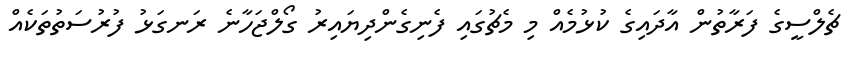
ޗެލްސީގެ ފަރާތުން އާދައިގެ ކުޅުމެއް މި މެޗުގައި ފެނިގެންދިޔައިރު ގޯލްޖަހާނެ ރަނގަޅު ފުރުސަތުތަކެއް